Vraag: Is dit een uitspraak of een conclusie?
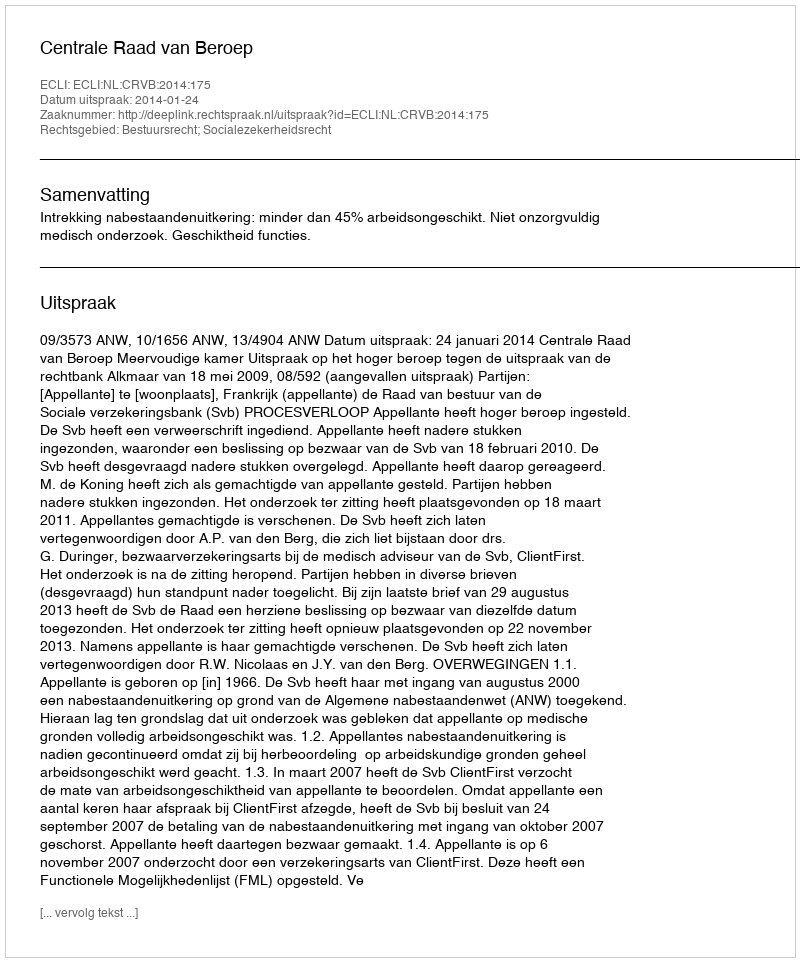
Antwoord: Uitspraak